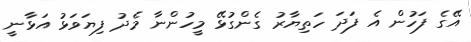
އޭގެ ފަހުން އެ ފަދަ ހަތިޔާރު ގެންގުޅޭ މީހުންނާ މެދު ފިޔަވަޅު އަޅާނީ